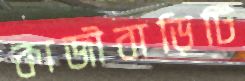
কাজীবাড়িটি